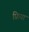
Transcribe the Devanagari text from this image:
फ्रिया